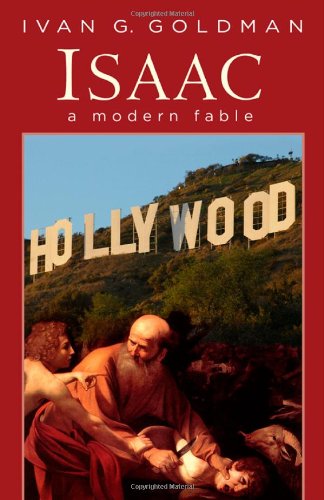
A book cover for Isaac: A Modern Fable; Ivan G. Goldman; Literature & Fiction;